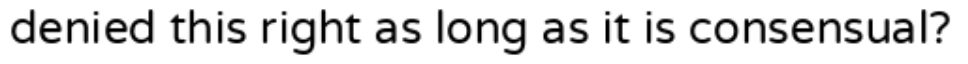
denied this right as long as it is consensual?